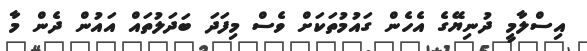
އިސްލާމީ ދުނިޔޭގެ އެހެން ގައުމުތަކަށް ވެސް މިފަދަ ބަދަލުތައް އައުން ދެން މާ